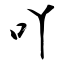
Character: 吖